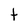
Character: t